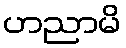
ဟညာမိ